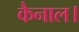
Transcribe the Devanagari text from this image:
कैनाल।